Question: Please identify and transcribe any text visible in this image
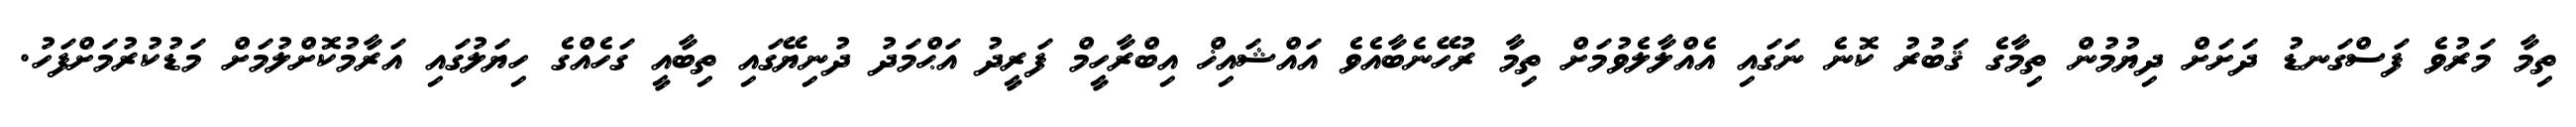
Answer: ތިމާ މަރުވެ ފަސްގަނޑު ދަށަށް ދިޔުމުން ތިމާގެ ޤަބުރު ކޮނެ ނަގައި އެއްލާލެވުމަށް ތިމާ ރުހޭނެބާއެވެ އައްޝައިޚް އިބްރާހީމް ފަރީދު އަޙްމަދު ދުނިޔޭގައި ތިބާއީ ގަހެއްގެ ހިޔަލުގައި އަރާމުކޮށްލުމަށް މަޑުކުރުމަށްފަހު.